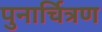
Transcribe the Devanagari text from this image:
पुनार्चित्रण